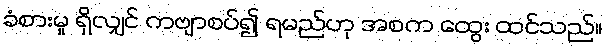
ခံစားမှု ရှိလျှင် ကဗျာစပ်၍ ရမည်ဟု အစက ထွေး ထင်သည်။